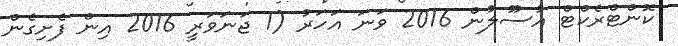
ކޮންޓްރެކްޓް އުސޫލުން 2016 ވަނަ އަހަރު (1 ޖަނަވަރީ 2016 އިން ފެށިގެން